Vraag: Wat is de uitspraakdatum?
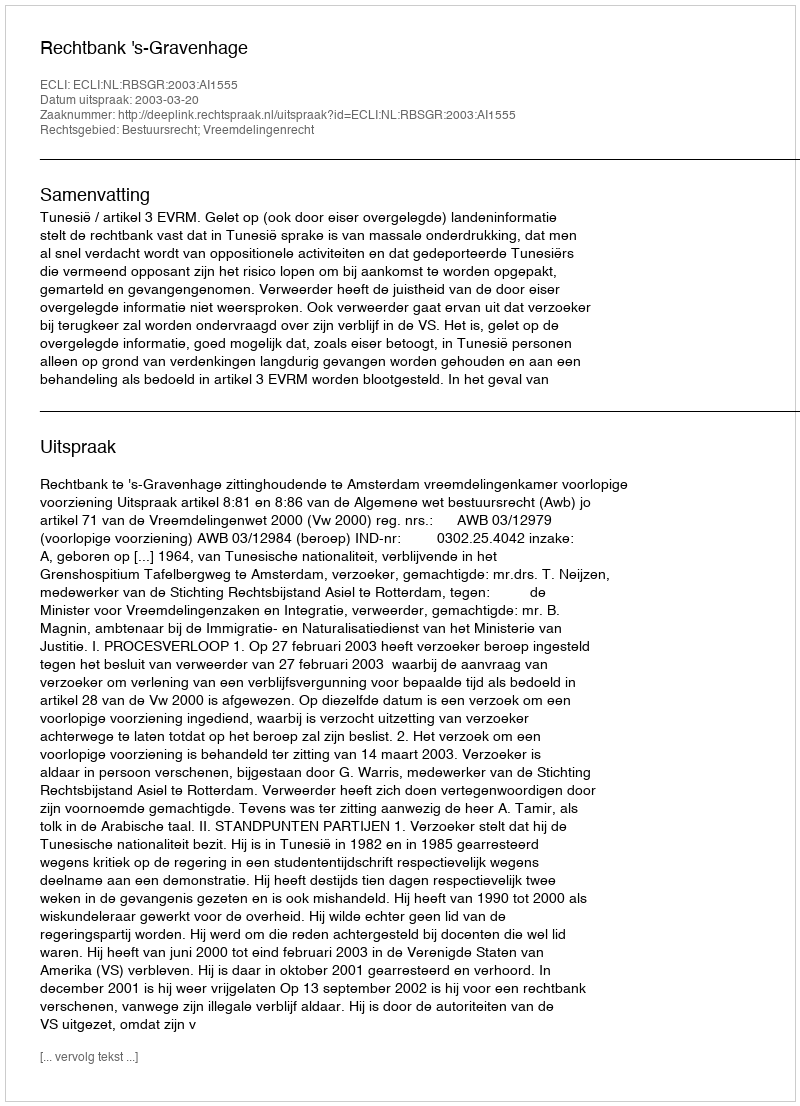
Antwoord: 2003-03-20